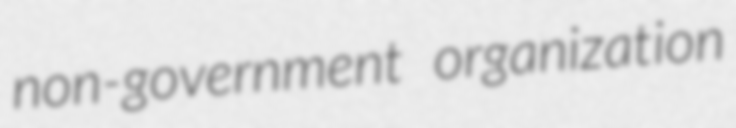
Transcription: non-government organization